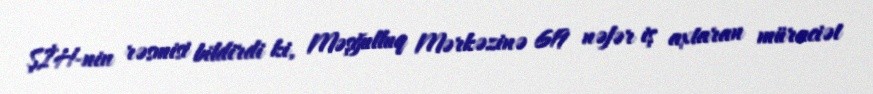
ŞİH-nin rəsmisi bildirdi ki, Məşğulluq Mərkəzinə 619 nəfər iş axtaran müraciət